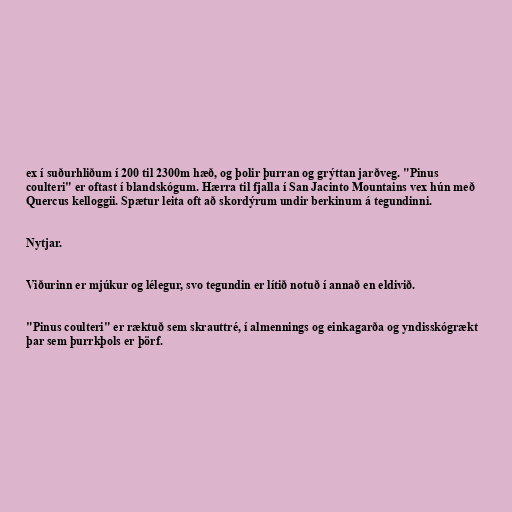
ex í suðurhliðum í 200 til 2300m hæð, og þolir þurran og grýttan jarðveg. "Pinus
coulteri" er oftast í blandskógum. Hærra til fjalla í San Jacinto Mountains vex hún með
Quercus kelloggii. Spætur leita oft að skordýrum undir berkinum á tegundinni.

Nytjar.

Viðurinn er mjúkur og lélegur, svo tegundin er lítið notuð í annað en eldivið.

"Pinus coulteri" er ræktuð sem skrauttré, í almennings og einkagarða og yndisskógrækt
þar sem þurrkþols er þörf.